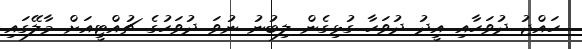
ހައްޖު ދުވަހާއި އީދު ދުވަހާ ގުޅިގެން ލިބުނު ނުވަ ދުވަހުގެ ޗުއްޓީއަށް މާލޭގައި